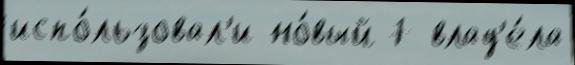
испо́льзовал'и но́вый 7 влад'е́ла